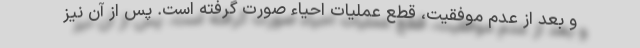
و بعد از عدم موفقیت، قطع عملیات احیاء صورت گرفته است. پس از آن نیز